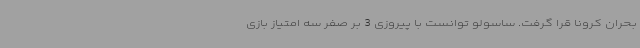
بحران کرونا قرا گرفت. ساسولو توانست با پیروزی 3 بر صفر سه امتیاز بازی